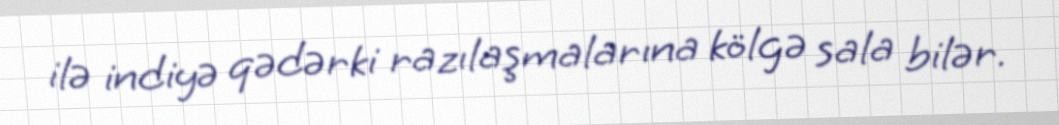
ilə indiyə qədərki razılaşmalarına kölgə sala bilər.